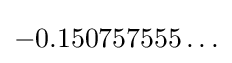
-0.150757555\ldots